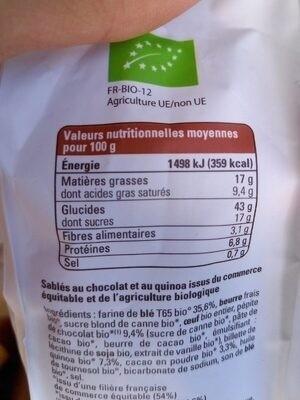
FR-BIO-12 Agriculture UE/non UE
Valeurs nutritionnelles moyennes pour 100 g
ww d
Énergie
Matières grasses dont acides gras saturés
Glucides
dont sucres
Fibres alimentaires Protéines
Sel
1498 kJ (359 kcal)
17 g 9,4 g
43 9
17 g
Sablés au chocolat et au quinoa issus du commerce équitable et de l'agriculture biologique edients: farine de blé T65 bio 35,6%, beurre frais sucre blond de canne bio", ceuf bio entier pépite acao bio", beurre de cacao bio, émulsifiant: chocolat bio 9,4% (sucre de canne bio", pâte de quinoa bio 7,3%, cacao en poudre bio 33% cithine de soja bio, extrait de vanille bio" bitte de de tournesol bio", bicarbonate de sodium, sonde ble
bio, sel
de commerce équitable (54%) su d'une filière française
Visser
3.19
6,89
0.79